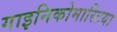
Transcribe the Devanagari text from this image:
गाइनिकोमास्टिया